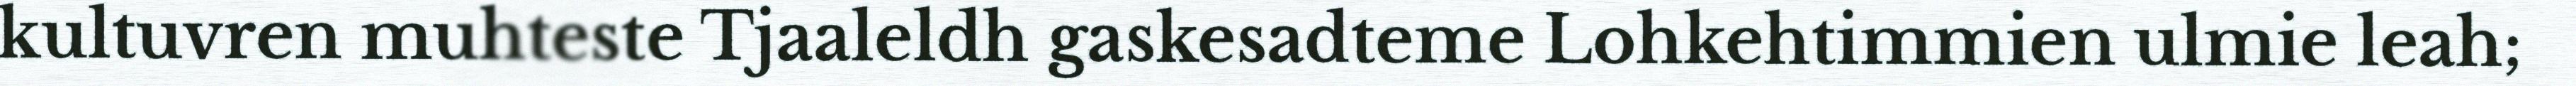
kultuvren muhteste Tjaaleldh gaskesadteme Lohkehtimmien ulmie leah;